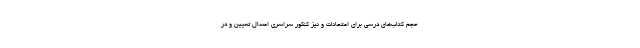
حجم کتاب‌های درسی برای امتحانات و نیز کنکور سراسری امسال تعیین و در